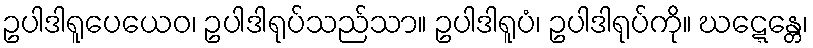
ဥပါဒါရူပေယေဝ၊ ဥပါဒါရုပ်သည်သာ။ ဥပါဒါရူပံ၊ ဥပါဒါရုပ်ကို။ ဃဋ္ဋေန္တေ၊